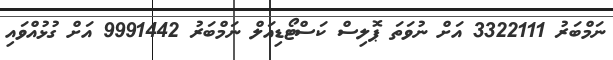
ނަމްބަރު 3322111 އަށް ނުވަތަ ޕޮލިސް ކަސްޓޯޑިއަލް ނަމްބަރު 9991442 އަށް ގުޅުއްވައި